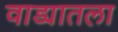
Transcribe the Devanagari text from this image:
वाड्यातला